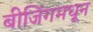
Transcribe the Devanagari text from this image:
बीजिंगमधून